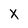
Character: X